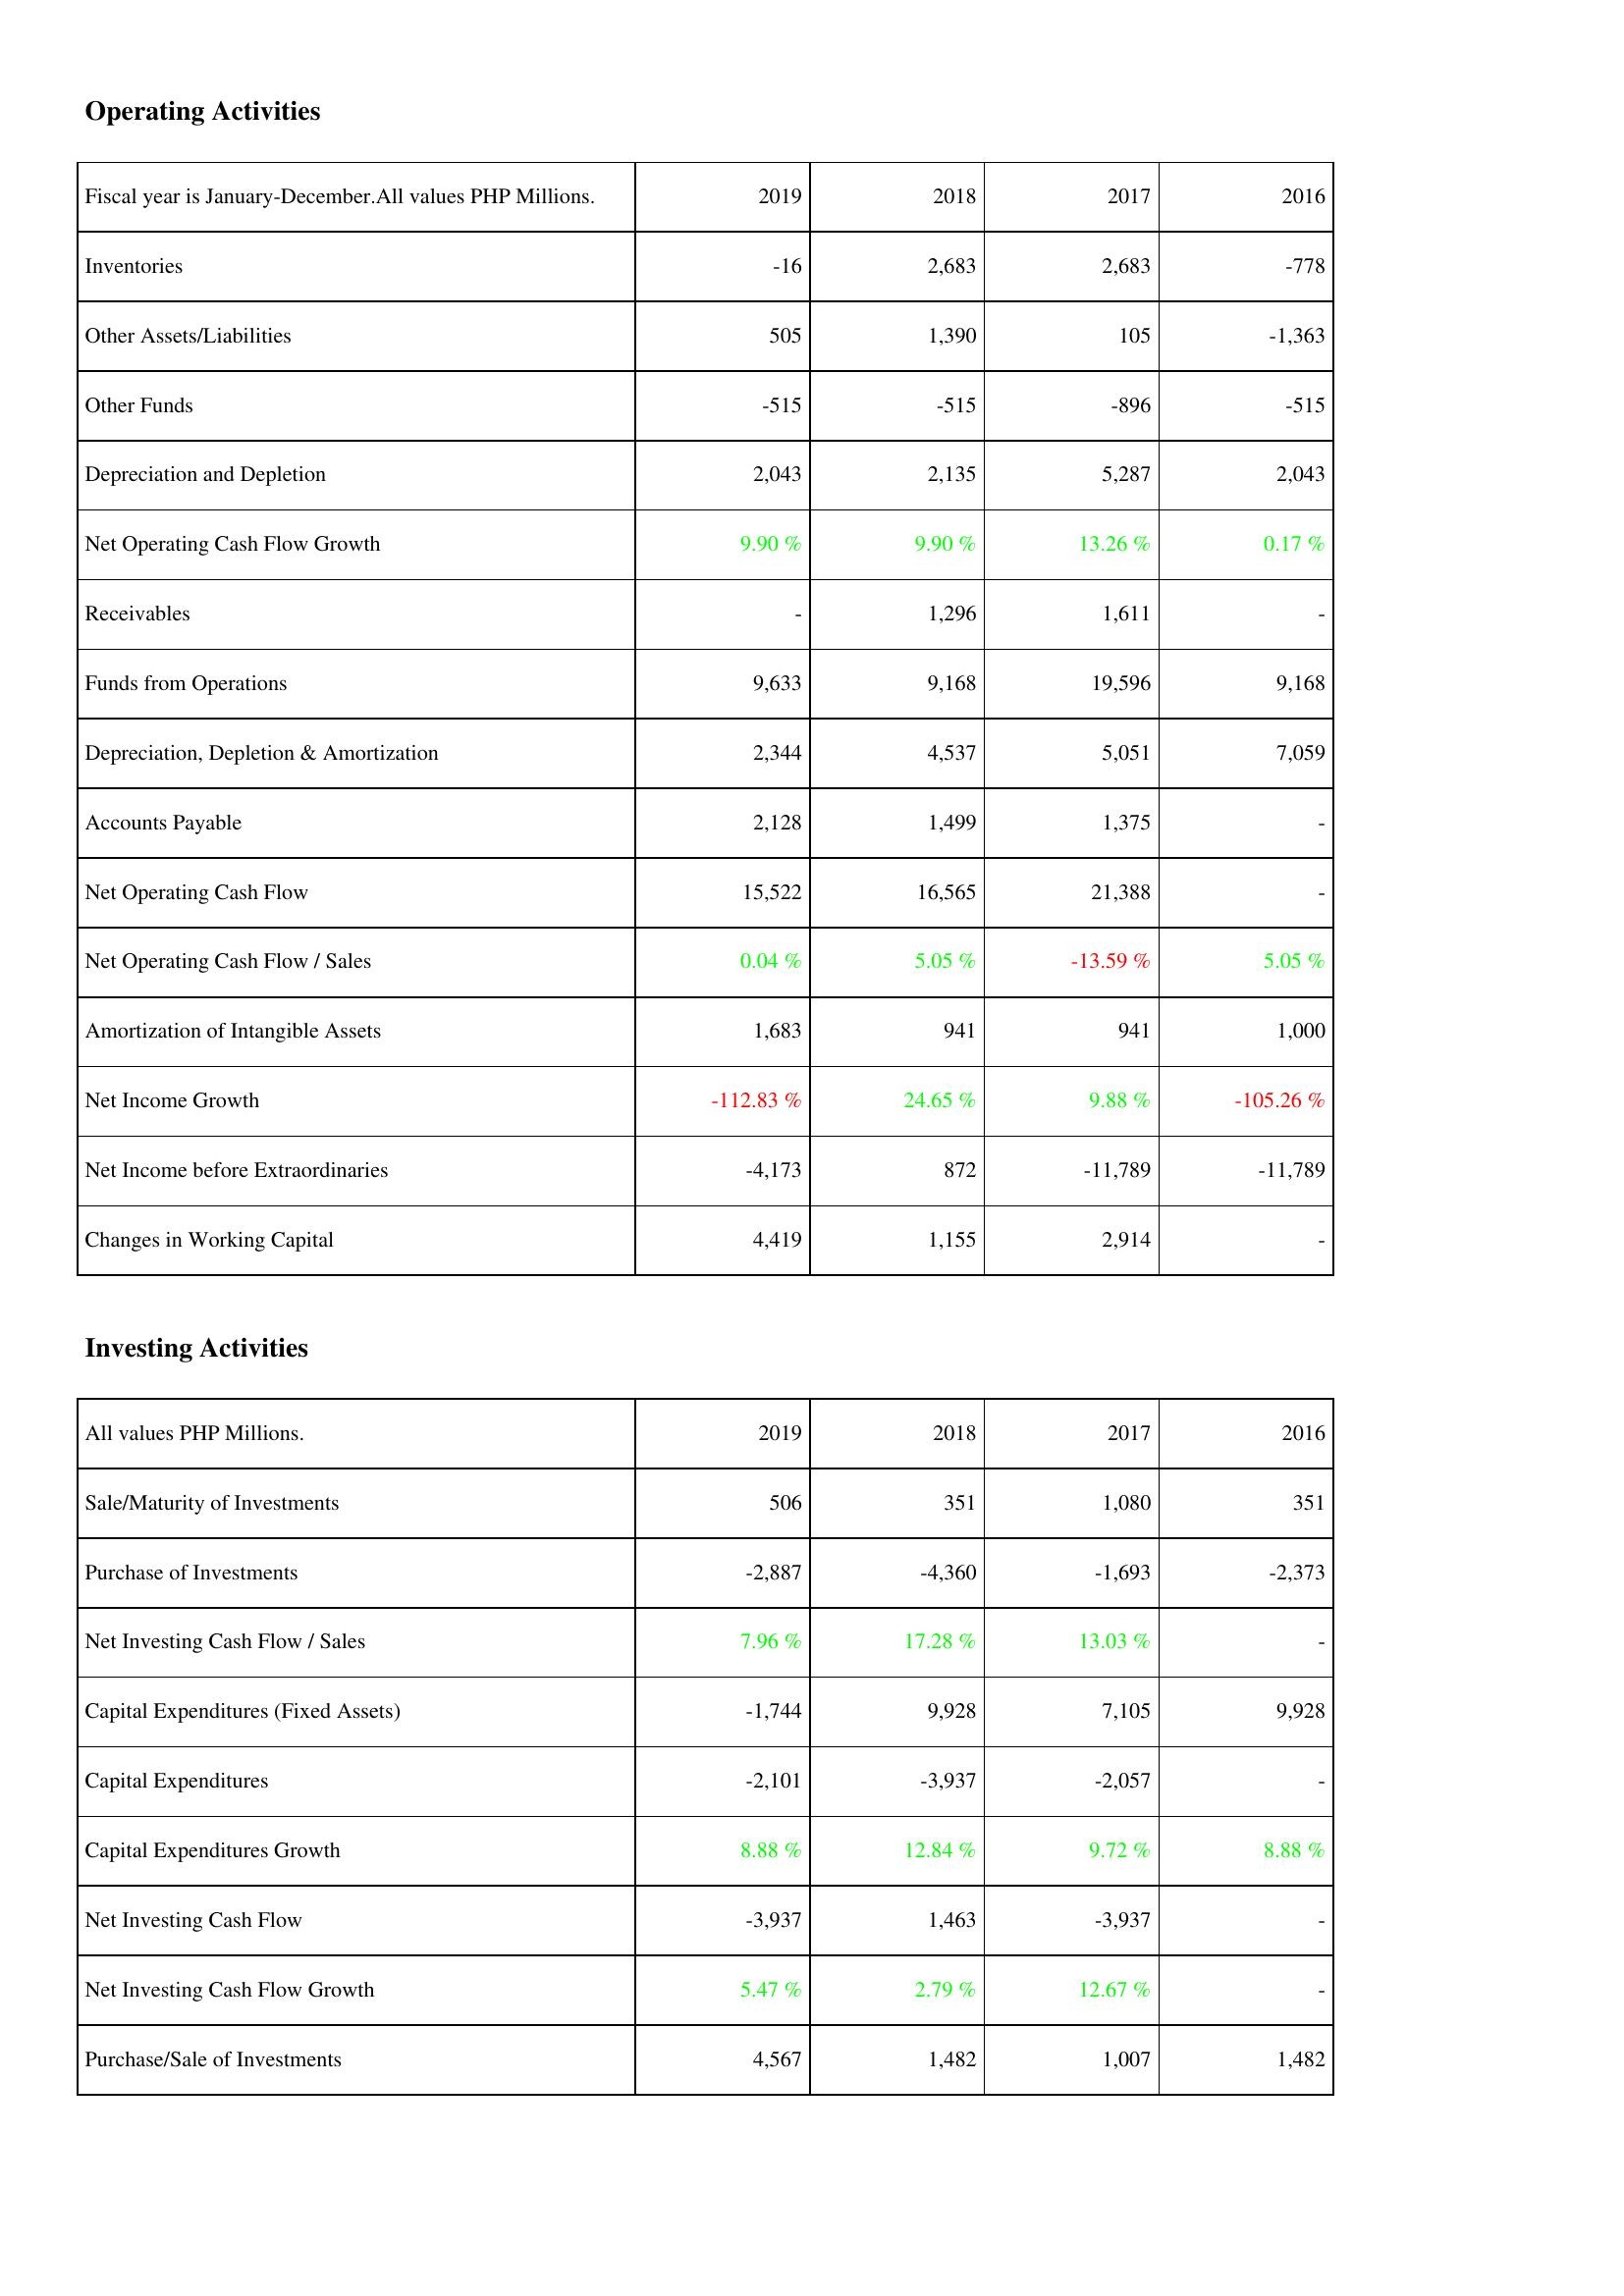
2019: Operating Activities: Inventories: -16
Other Assets/Liabilities: 505
Other Funds: -515
Depreciation and Depletion: 2,043
Net Operating Cash Flow Growth: 9.90 %
Receivables: -
Funds from Operations: 9,633
Depreciation, Depletion & Amortization: 2,344
Accounts Payable: 2,128
Net Operating Cash Flow: 15,522
Net Operating Cash Flow / Sales: 0.04 %
Amortization of Intangible Assets: 1,683
Net Income Growth: -112.83 %
Net Income before Extraordinaries: -4,173
Changes in Working Capital: 4,419
Investing Activities: Sale/Maturity of Investments: 506
Purchase of Investments: -2,887
Net Investing Cash Flow / Sales: 7.96 %
Capital Expenditures (Fixed Assets): -1,744
Capital Expenditures: -2,101
Capital Expenditures Growth: 8.88 %
Net Investing Cash Flow: -3,937
Net Investing Cash Flow Growth: 5.47 %
Purchase/Sale of Investments: 4,567
2018: Operating Activities: Inventories: 2,683
Other Assets/Liabilities: 1,390
Other Funds: -515
Depreciation and Depletion: 2,135
Net Operating Cash Flow Growth: 9.90 %
Receivables: 1,296
Funds from Operations: 9,168
Depreciation, Depletion & Amortization: 4,537
Accounts Payable: 1,499
Net Operating Cash Flow: 16,565
Net Operating Cash Flow / Sales: 5.05 %
Amortization of Intangible Assets: 941
Net Income Growth: 24.65 %
Net Income before Extraordinaries: 872
Changes in Working Capital: 1,155
Investing Activities: Sale/Maturity of Investments: 351
Purchase of Investments: -4,360
Net Investing Cash Flow / Sales: 17.28 %
Capital Expenditures (Fixed Assets): 9,928
Capital Expenditures: -3,937
Capital Expenditures Growth: 12.84 %
Net Investing Cash Flow: 1,463
Net Investing Cash Flow Growth: 2.79 %
Purchase/Sale of Investments: 1,482
2017: Operating Activities: Inventories: 2,683
Other Assets/Liabilities: 105
Other Funds: -896
Depreciation and Depletion: 5,287
Net Operating Cash Flow Growth: 13.26 %
Receivables: 1,611
Funds from Operations: 19,596
Depreciation, Depletion & Amortization: 5,051
Accounts Payable: 1,375
Net Operating Cash Flow: 21,388
Net Operating Cash Flow / Sales: -13.59 %
Amortization of Intangible Assets: 941
Net Income Growth: 9.88 %
Net Income before Extraordinaries: -11,789
Changes in Working Capital: 2,914
Investing Activities: Sale/Maturity of Investments: 1,080
Purchase of Investments: -1,693
Net Investing Cash Flow / Sales: 13.03 %
Capital Expenditures (Fixed Assets): 7,105
Capital Expenditures: -2,057
Capital Expenditures Growth: 9.72 %
Net Investing Cash Flow: -3,937
Net Investing Cash Flow Growth: 12.67 %
Purchase/Sale of Investments: 1,007
2016: Operating Activities: Inventories: -778
Other Assets/Liabilities: -1,363
Other Funds: -515
Depreciation and Depletion: 2,043
Net Operating Cash Flow Growth: 0.17 %
Receivables: -
Funds from Operations: 9,168
Depreciation, Depletion & Amortization: 7,059
Accounts Payable: -
Net Operating Cash Flow: -
Net Operating Cash Flow / Sales: 5.05 %
Amortization of Intangible Assets: 1,000
Net Income Growth: -105.26 %
Net Income before Extraordinaries: -11,789
Changes in Working Capital: -
Investing Activities: Sale/Maturity of Investments: 351
Purchase of Investments: -2,373
Net Investing Cash Flow / Sales: -
Capital Expenditures (Fixed Assets): 9,928
Capital Expenditures: -
Capital Expenditures Growth: 8.88 %
Net Investing Cash Flow: -
Net Investing Cash Flow Growth: -
Purchase/Sale of Investments: 1,482